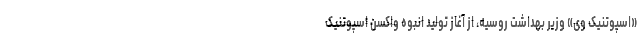
«اسپوتنیک وی» وزیر بهداشت روسیه، از آغاز تولید انبوه واکسن اسپوتنیک